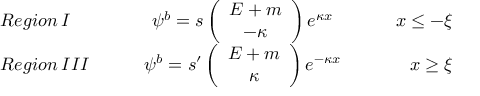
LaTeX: \begin{array} { l c r } { { R e g i o n \, I \qquad } } & { { \psi ^ { b } = s \left( \begin{array} { c } { { E + m } } \\ { { - \kappa } } \end{array} \right) e ^ { \kappa x } } } & { { \qquad x \leq - \xi } } \\ { { R e g i o n \, I I I \qquad } } & { { \psi ^ { b } = s ^ { \prime } \left( \begin{array} { c } { { E + m } } \\ { { \kappa } } \end{array} \right) e ^ { - \kappa x } } } & { { \qquad x \geq \xi } } \end{array}